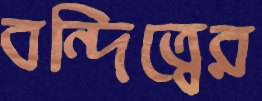
বন্দিত্বের